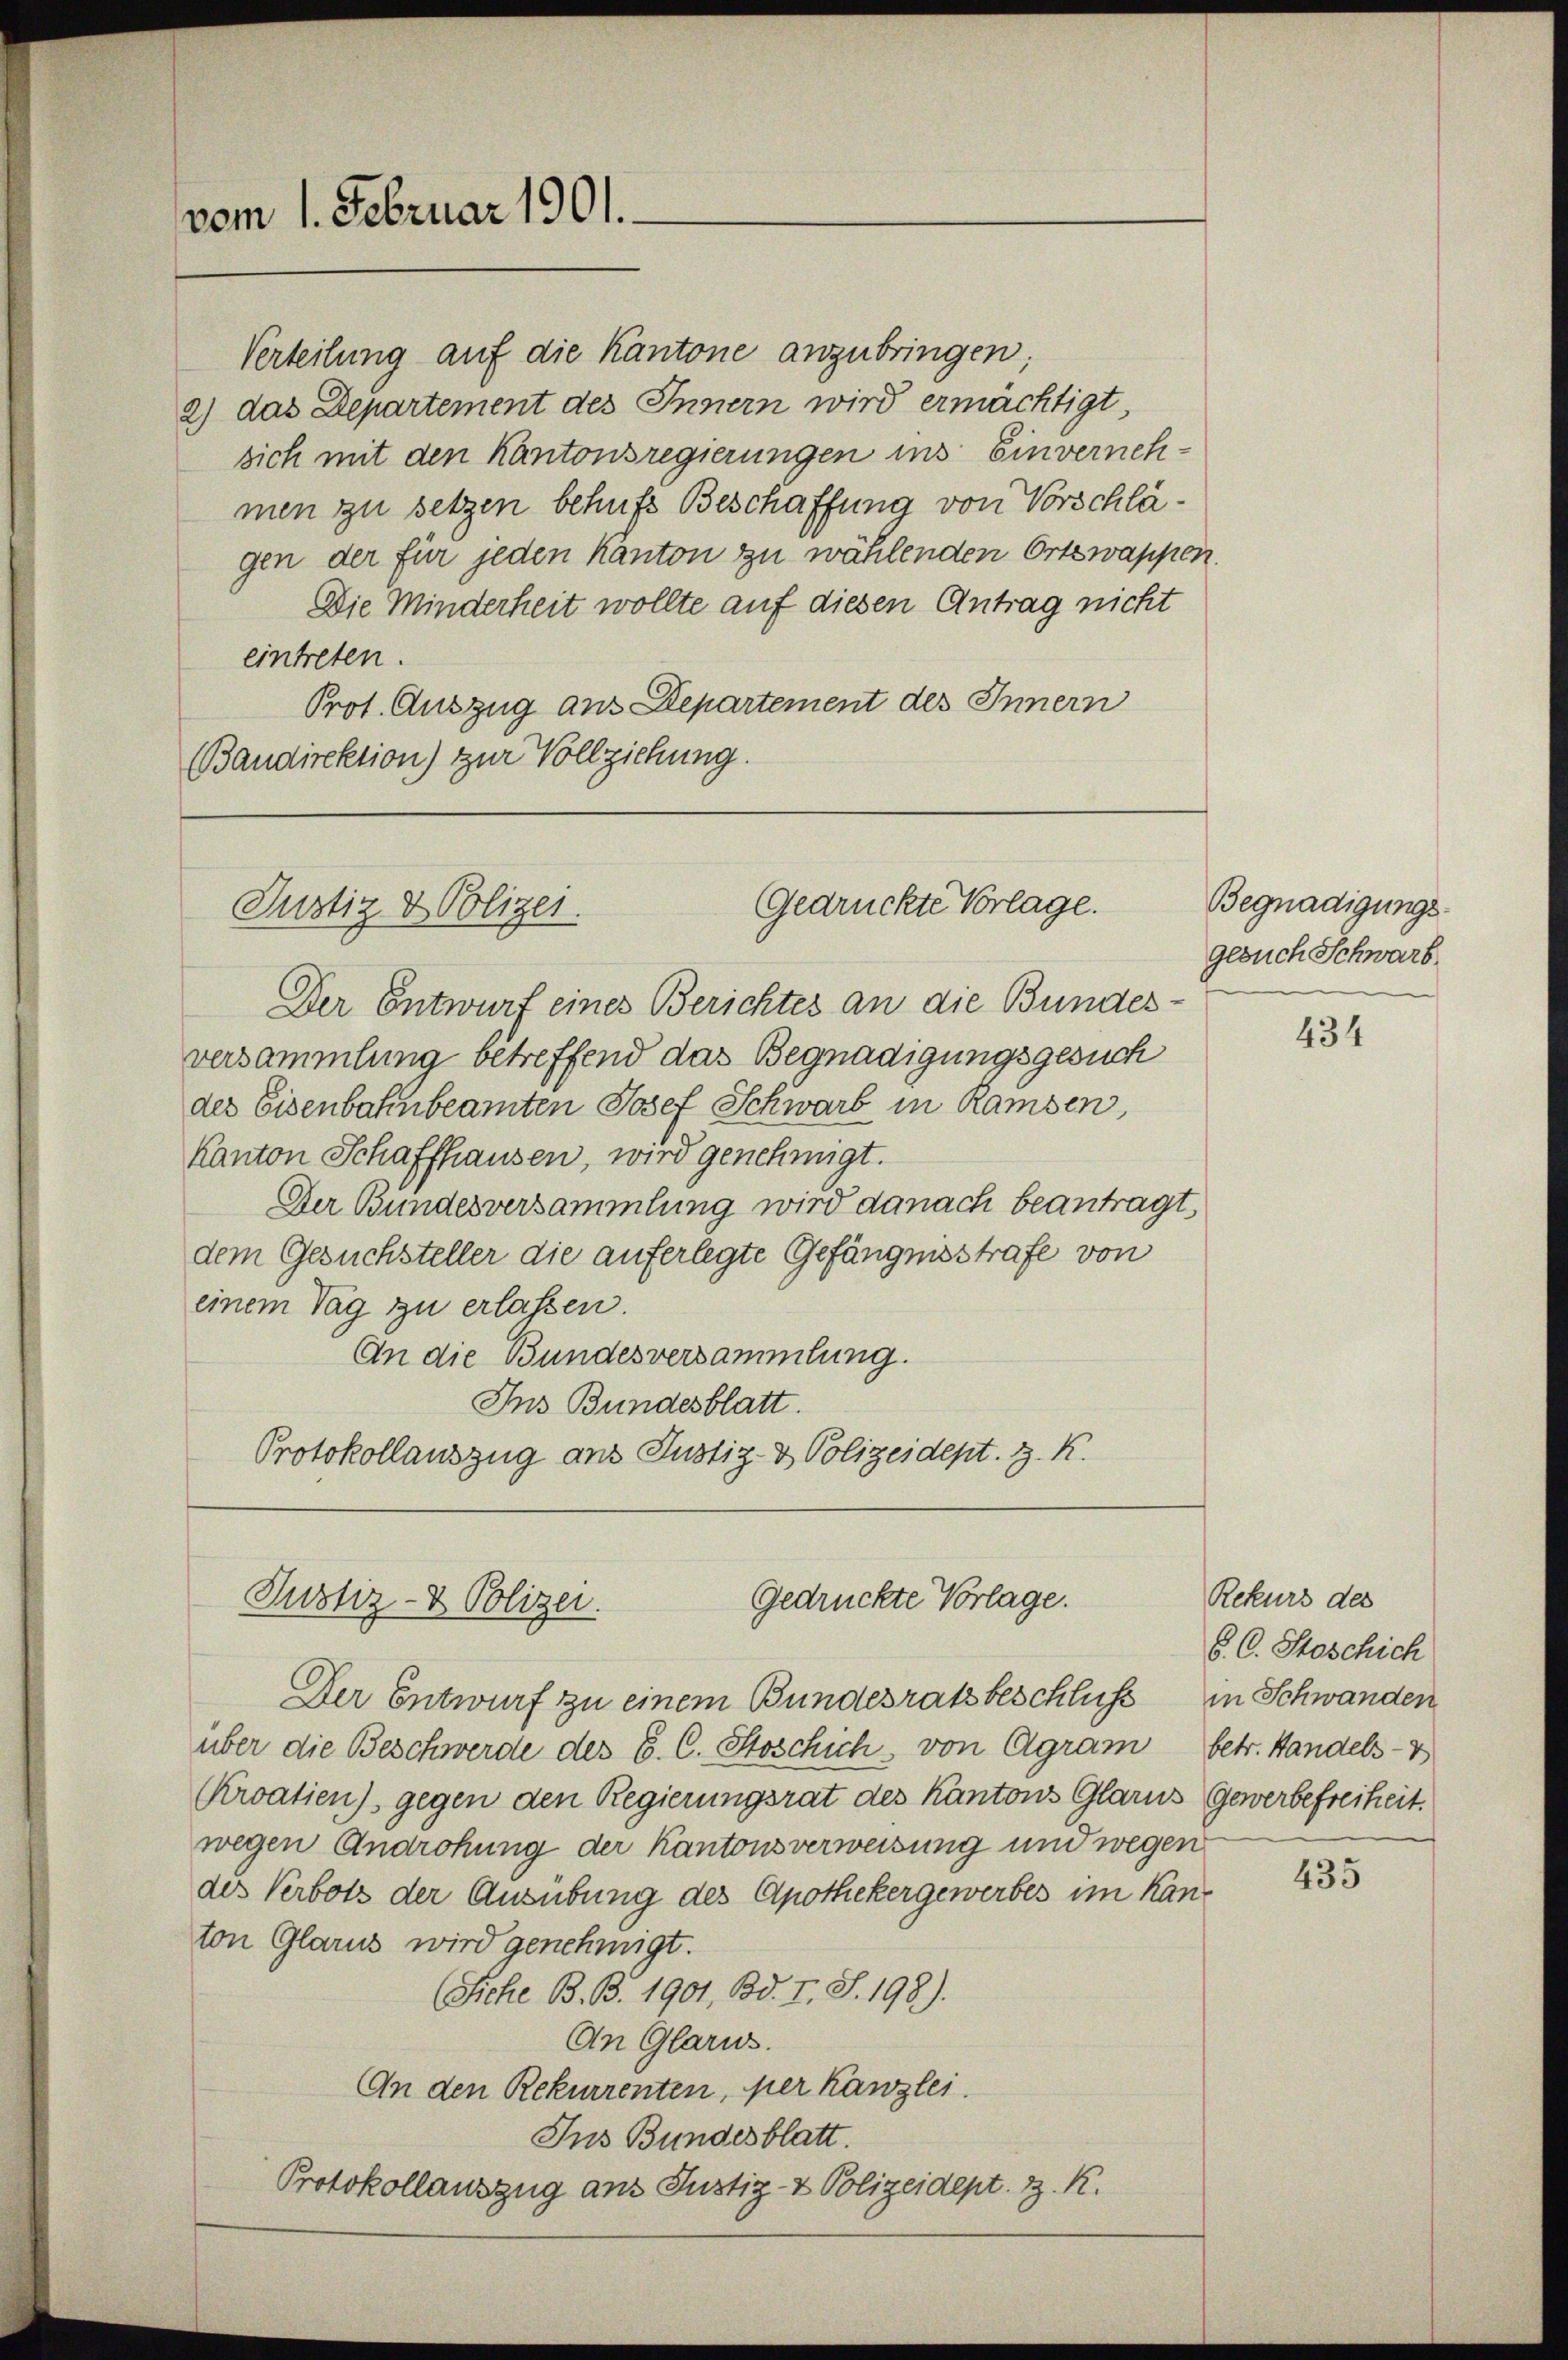
vom 1. Februar 1901.

Verteilung auf die Kantone anzubringen;
2) das Departement des Innern wird ermächtigt,
sich mit den Kantonsregierungen ins Einvernehmen zu setzen behufs Beschaffung von Vorschlägen der für jeden Kanton zu wählenden Ortswappen.
Die Minderheit wollte auf diesen Antrag nicht
eintreten.
Prot. Auszug aus Departement des Innern
Baudirektion) zur Vollziehung.

Gedrückte Vorlage.
Justiz & Polizei.

Der Entwurf eines Berichtes an die Bundes-
versammlung betreffend das Begnadigungsgesuch
des Eisenbahnbeamten Josef Schwarb in Ramsen,
Kanton Schaffhausen, wird genehmigt.
Der Bundesversammlung wird danach beantragt,
dem Gesuchsteller die auferlegte Gefängnisstrafe von
einem Tag zu erlassen.
An die Bundesversammlung.
Ins Bundesblatt.
Protokollauszug aus Justiz- & Polizeidept. z. K.

Gedrückte Vorlage.
Justiz- & Polizei.

Der Entwurf zu einem Bundesratsbeschluß in Schwanden
über die Beschwerde des C. C. Stoschich, von Agram betr. Handels-V
Kroatien) gegen den Regierungsrat des Kantons Glarus Gewerbefreiheit.
wegen Androhung der Kantonsverweisung und wegen
des Verbots der Ausübung des Apothekergewerbes im Kanton Glarus wird genehmigt.
(Siche B. B. 1901, Bd. I, S. 198).
An Glarus.
An den Rekurrenten, per Kanzlei.
Ins Bundesblatt.
Protokollauszug aus Justiz- & Polizeidept. z. R.

Begnadigungs-
gesuch Schwarb.

434

Rekurs des
§. C. Stoschich

435